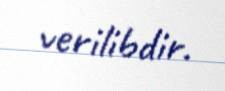
verilibdir.